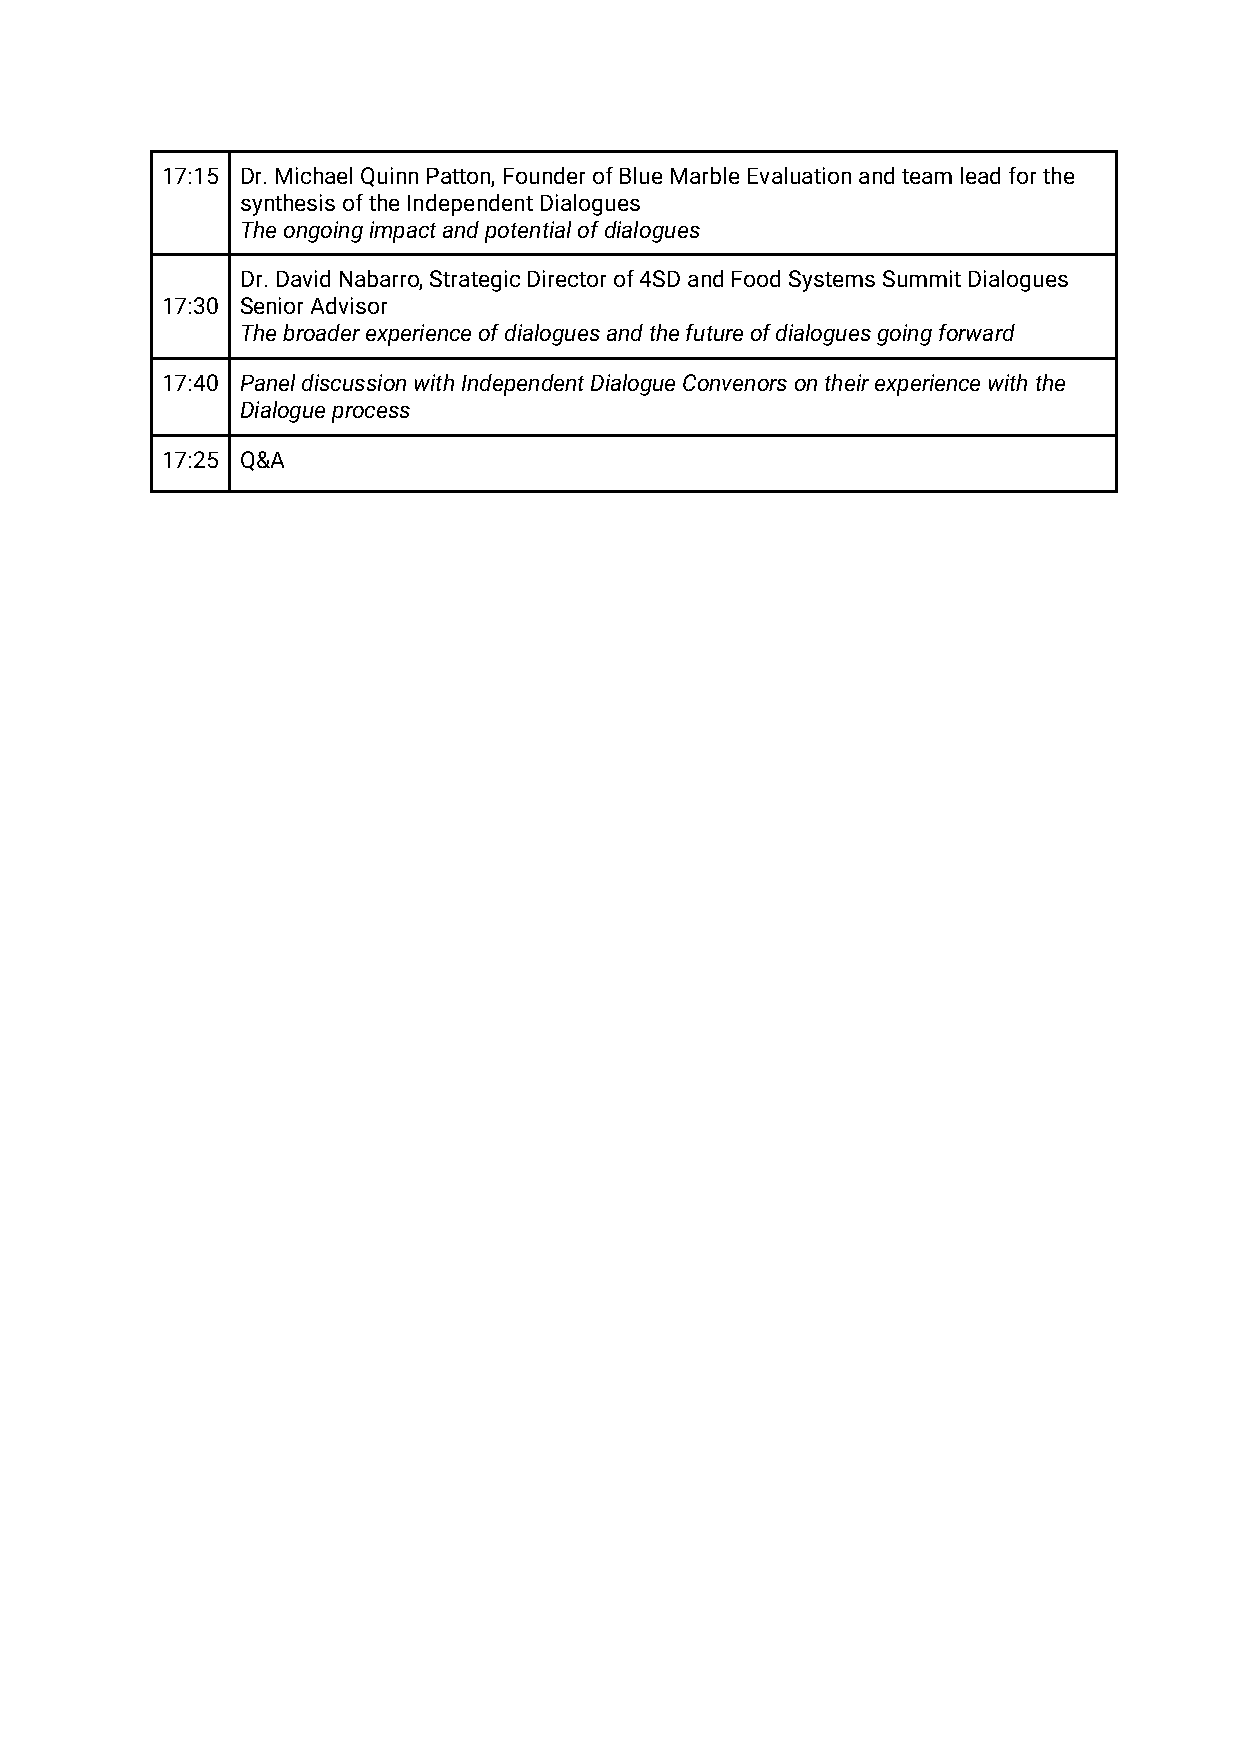
17:15 Dr. Michael Quinn Patton, Founder of Blue Marble Evaluation and team lead for the
 synthesis of the Independent Dialogues
 The ongoing impact and potential of dialogues
 Dr. David Nabarro, Strategic Director of 4SD and Food Systems Summit Dialogues
 17:30 Senior Advisor
 The broader experience of dialogues and the future of dialogues going forward
 17:40 Panel discussion with Independent Dialogue Convenors on their experience with the
 Dialogue process
 17:25 Q&A